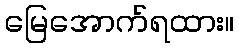
မြေအောက်ရထား။